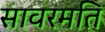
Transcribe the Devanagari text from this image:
सावरमति